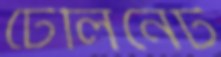
টেলিনেট